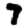
Digit: 7